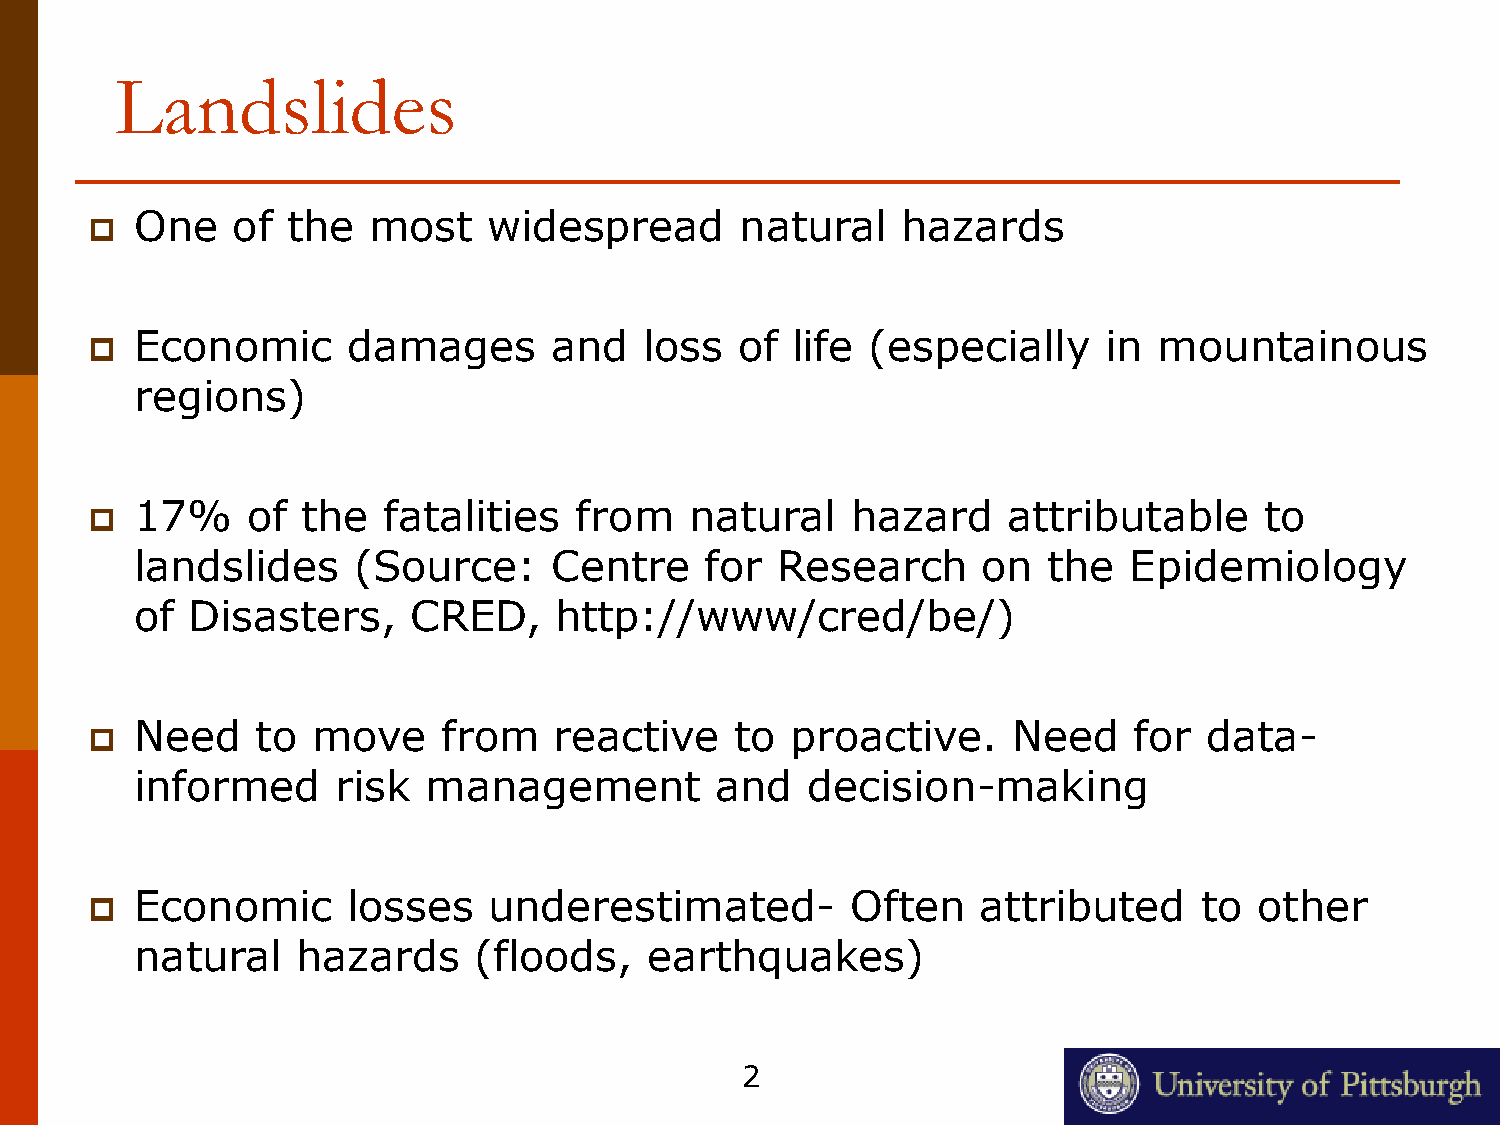
Landslides
 One   of  the  most    widespread       natural    hazards
 
 Economic      damages      and    loss  of life  (especially    in  mountainous
 
 regions)
 17%    of  the  fatalities   from    natural   hazard     attributable     to
 
 landslides    (Source:     Centre     for Research      on  the   Epidemiology
 of  Disasters,    CRED,     http://www/cred/be/)
 Need    to  move    from    reactive    to proactive.     Need    for  data-
 
 informed     risk  management         and   decision-making
 Economic      losses   underestimated-         Often    attributed    to  other
 
 natural    hazards    (floods,    earthquakes)
 2